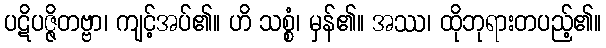
ပဋိပဇ္ဇိတဗ္ဗာ၊ ကျင့်အပ်၏။ ဟိ သစ္စံ၊ မှန်၏။ အဿ၊ ထိုဘုရားတပည့်၏။